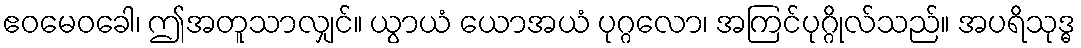
ဧဝမေဝခေါ၊ ဤအတူသာလျှင်။ ယွာယံ ယောအယံ ပုဂ္ဂလော၊ အကြင်ပုဂ္ဂိုလ်သည်။ အပရိသုဒ္ဓ